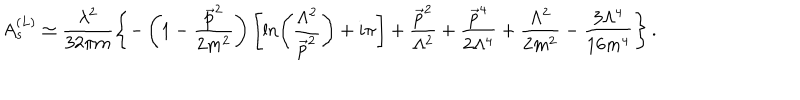
A _ { s } ^ { ( L ) } \simeq \frac { \lambda ^ { 2 } } { 3 2 \pi m } \left\{ - \left( 1 - \frac { \vec { p } ^ { 2 } } { 2 m ^ { 2 } } \right) \left[ \ln \left( \frac { \Lambda ^ { 2 } } { \vec { p } ^ { 2 } } \right) + i \pi \right] + \frac { \vec { p } ^ { 2 } } { \Lambda ^ { 2 } } + \frac { \vec { p } ^ { 4 } } { 2 \Lambda ^ { 4 } } + \frac { \Lambda ^ { 2 } } { 2 m ^ { 2 } } - \frac { 3 \Lambda ^ { 4 } } { 1 6 m ^ { 4 } } \right\} .